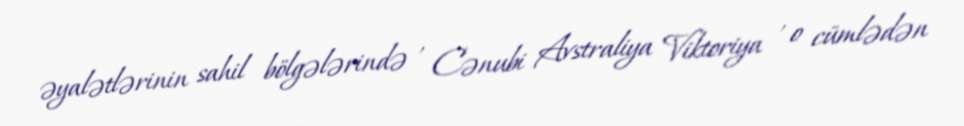
əyalətlərinin sahil bölgələrində , Cənubi Avstraliya Viktoriya , o cümlədən